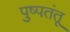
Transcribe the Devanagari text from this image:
पुष्पतंतू